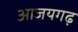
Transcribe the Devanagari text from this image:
आजयगढ़